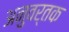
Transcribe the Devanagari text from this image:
अनुवर्तक